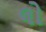
લો